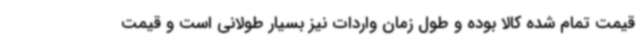
قیمت تمام شده کالا بوده و طول زمان واردات نیز بسیار طولانی است و قیمت